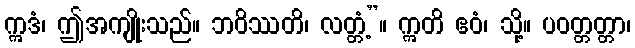
ဣဒံ၊ ဤအကျိုးသည်။ ဘဝိဿတိ၊ လတ္တံ့”။ ဣတိ ဧဝံ၊ သို့။ ပဝတ္တတ္တာ၊